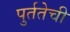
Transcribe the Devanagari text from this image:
पुर्ततेची